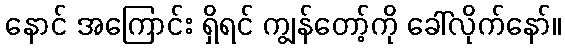
နောင် အကြောင်း ရှိရင် ကျွန်တော့်ကို ခေါ်လိုက်နော်။